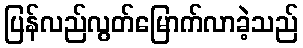
ပြန်လည်လွတ်မြောက်လာခဲ့သည်